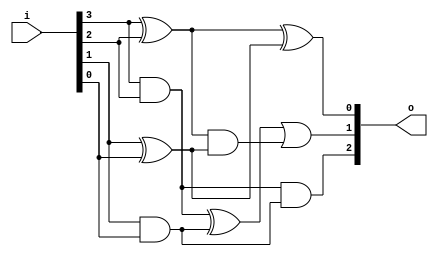


module bsg_popcount_width_p4
(
  i,
  o
);

  input [3:0] i;
  output [2:0] o;
  wire [2:0] o;
  wire N0,N1;
  wire [1:0] four_s0,four_c0;
  assign four_s0[1] = i[3] ^ i[2];
  assign four_s0[0] = i[1] ^ i[0];
  assign four_c0[1] = i[3] & i[2];
  assign four_c0[0] = i[1] & i[0];
  assign o[0] = four_s0[1] ^ four_s0[0];
  assign o[1] = N0 | N1;
  assign N0 = four_c0[1] ^ four_c0[0];
  assign N1 = four_s0[1] & four_s0[0];
  assign o[2] = four_c0[1] & four_c0[0];

endmodule



module bsg_popcount_width_p8
(
  i,
  o
);

  input [7:0] i;
  output [3:0] o;
  wire [3:0] o;
  wire [2:0] recurse_lo,recurse_hi;

  bsg_popcount_width_p4
  recurse_left
  (
    .i(i[3:0]),
    .o(recurse_lo)
  );


  bsg_popcount_width_p4
  recurse_right
  (
    .i(i[7:4]),
    .o(recurse_hi)
  );

  assign o = recurse_lo + recurse_hi;

endmodule



module bsg_popcount_width_p16
(
  i,
  o
);

  input [15:0] i;
  output [4:0] o;
  wire [4:0] o;
  wire [3:0] recurse_lo,recurse_hi;

  bsg_popcount_width_p8
  recurse_left
  (
    .i(i[7:0]),
    .o(recurse_lo)
  );


  bsg_popcount_width_p8
  recurse_right
  (
    .i(i[15:8]),
    .o(recurse_hi)
  );

  assign o = recurse_lo + recurse_hi;

endmodule



module bsg_popcount_width_p32
(
  i,
  o
);

  input [31:0] i;
  output [5:0] o;
  wire [5:0] o;
  wire [4:0] recurse_lo,recurse_hi;

  bsg_popcount_width_p16
  recurse_left
  (
    .i(i[15:0]),
    .o(recurse_lo)
  );


  bsg_popcount_width_p16
  recurse_right
  (
    .i(i[31:16]),
    .o(recurse_hi)
  );

  assign o = recurse_lo + recurse_hi;

endmodule



module bsg_popcount_width_p64
(
  i,
  o
);

  input [63:0] i;
  output [6:0] o;
  wire [6:0] o;
  wire [5:0] recurse_lo,recurse_hi;

  bsg_popcount_width_p32
  recurse_left
  (
    .i(i[31:0]),
    .o(recurse_lo)
  );


  bsg_popcount_width_p32
  recurse_right
  (
    .i(i[63:32]),
    .o(recurse_hi)
  );

  assign o = recurse_lo + recurse_hi;

endmodule



module bsg_popcount_width_p128
(
  i,
  o
);

  input [127:0] i;
  output [7:0] o;
  wire [7:0] o;
  wire [6:0] recurse_lo,recurse_hi;

  bsg_popcount_width_p64
  recurse_left
  (
    .i(i[63:0]),
    .o(recurse_lo)
  );


  bsg_popcount_width_p64
  recurse_right
  (
    .i(i[127:64]),
    .o(recurse_hi)
  );

  assign o = recurse_lo + recurse_hi;

endmodule